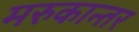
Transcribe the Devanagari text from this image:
मरुकान्तर